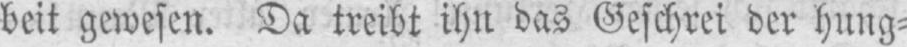
beit gewesen. Da treibt ihn das Geschrei der hung⸗